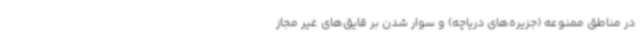
در مناطق ممنوعه (جزیره‌های دریاچه) و سوار شدن بر قایق‌های غیر مجاز